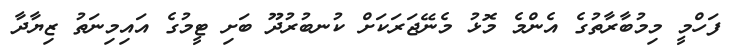
ފަހްމީ މިމުބާރާތުގެ އެންމެ މޮޅު މެނޭޖަރަކަށް ކުނބުރުދޫ ބަށި ޓީމުގެ އައިމިނަތު ޒިޔާދާ